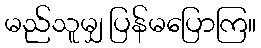
မည်သူမျှ ပြန်မပြောကြ။